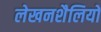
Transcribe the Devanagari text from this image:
लेखनशैलियों